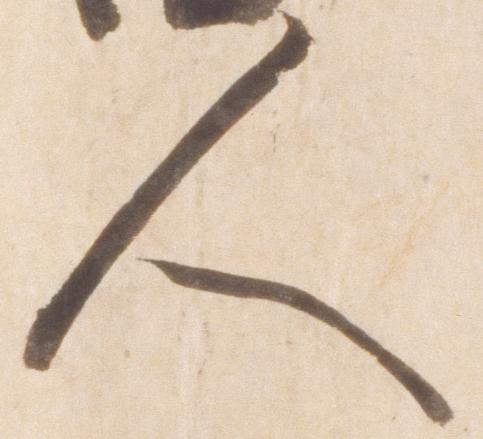
人